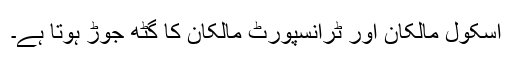
اسکول مالکان اور ٹرانسپورٹ مالکان کا گٹھ جوڑ ہوتا ہے۔